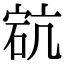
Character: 𥒳